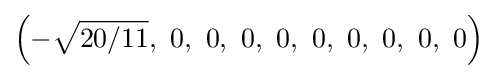
\left(-{\sqrt {20/11}},\ 0,\ 0,\ 0,\ 0,\ 0,\ 0,\ 0,\ 0,\ 0\right)